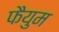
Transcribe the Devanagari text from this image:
फैयुम